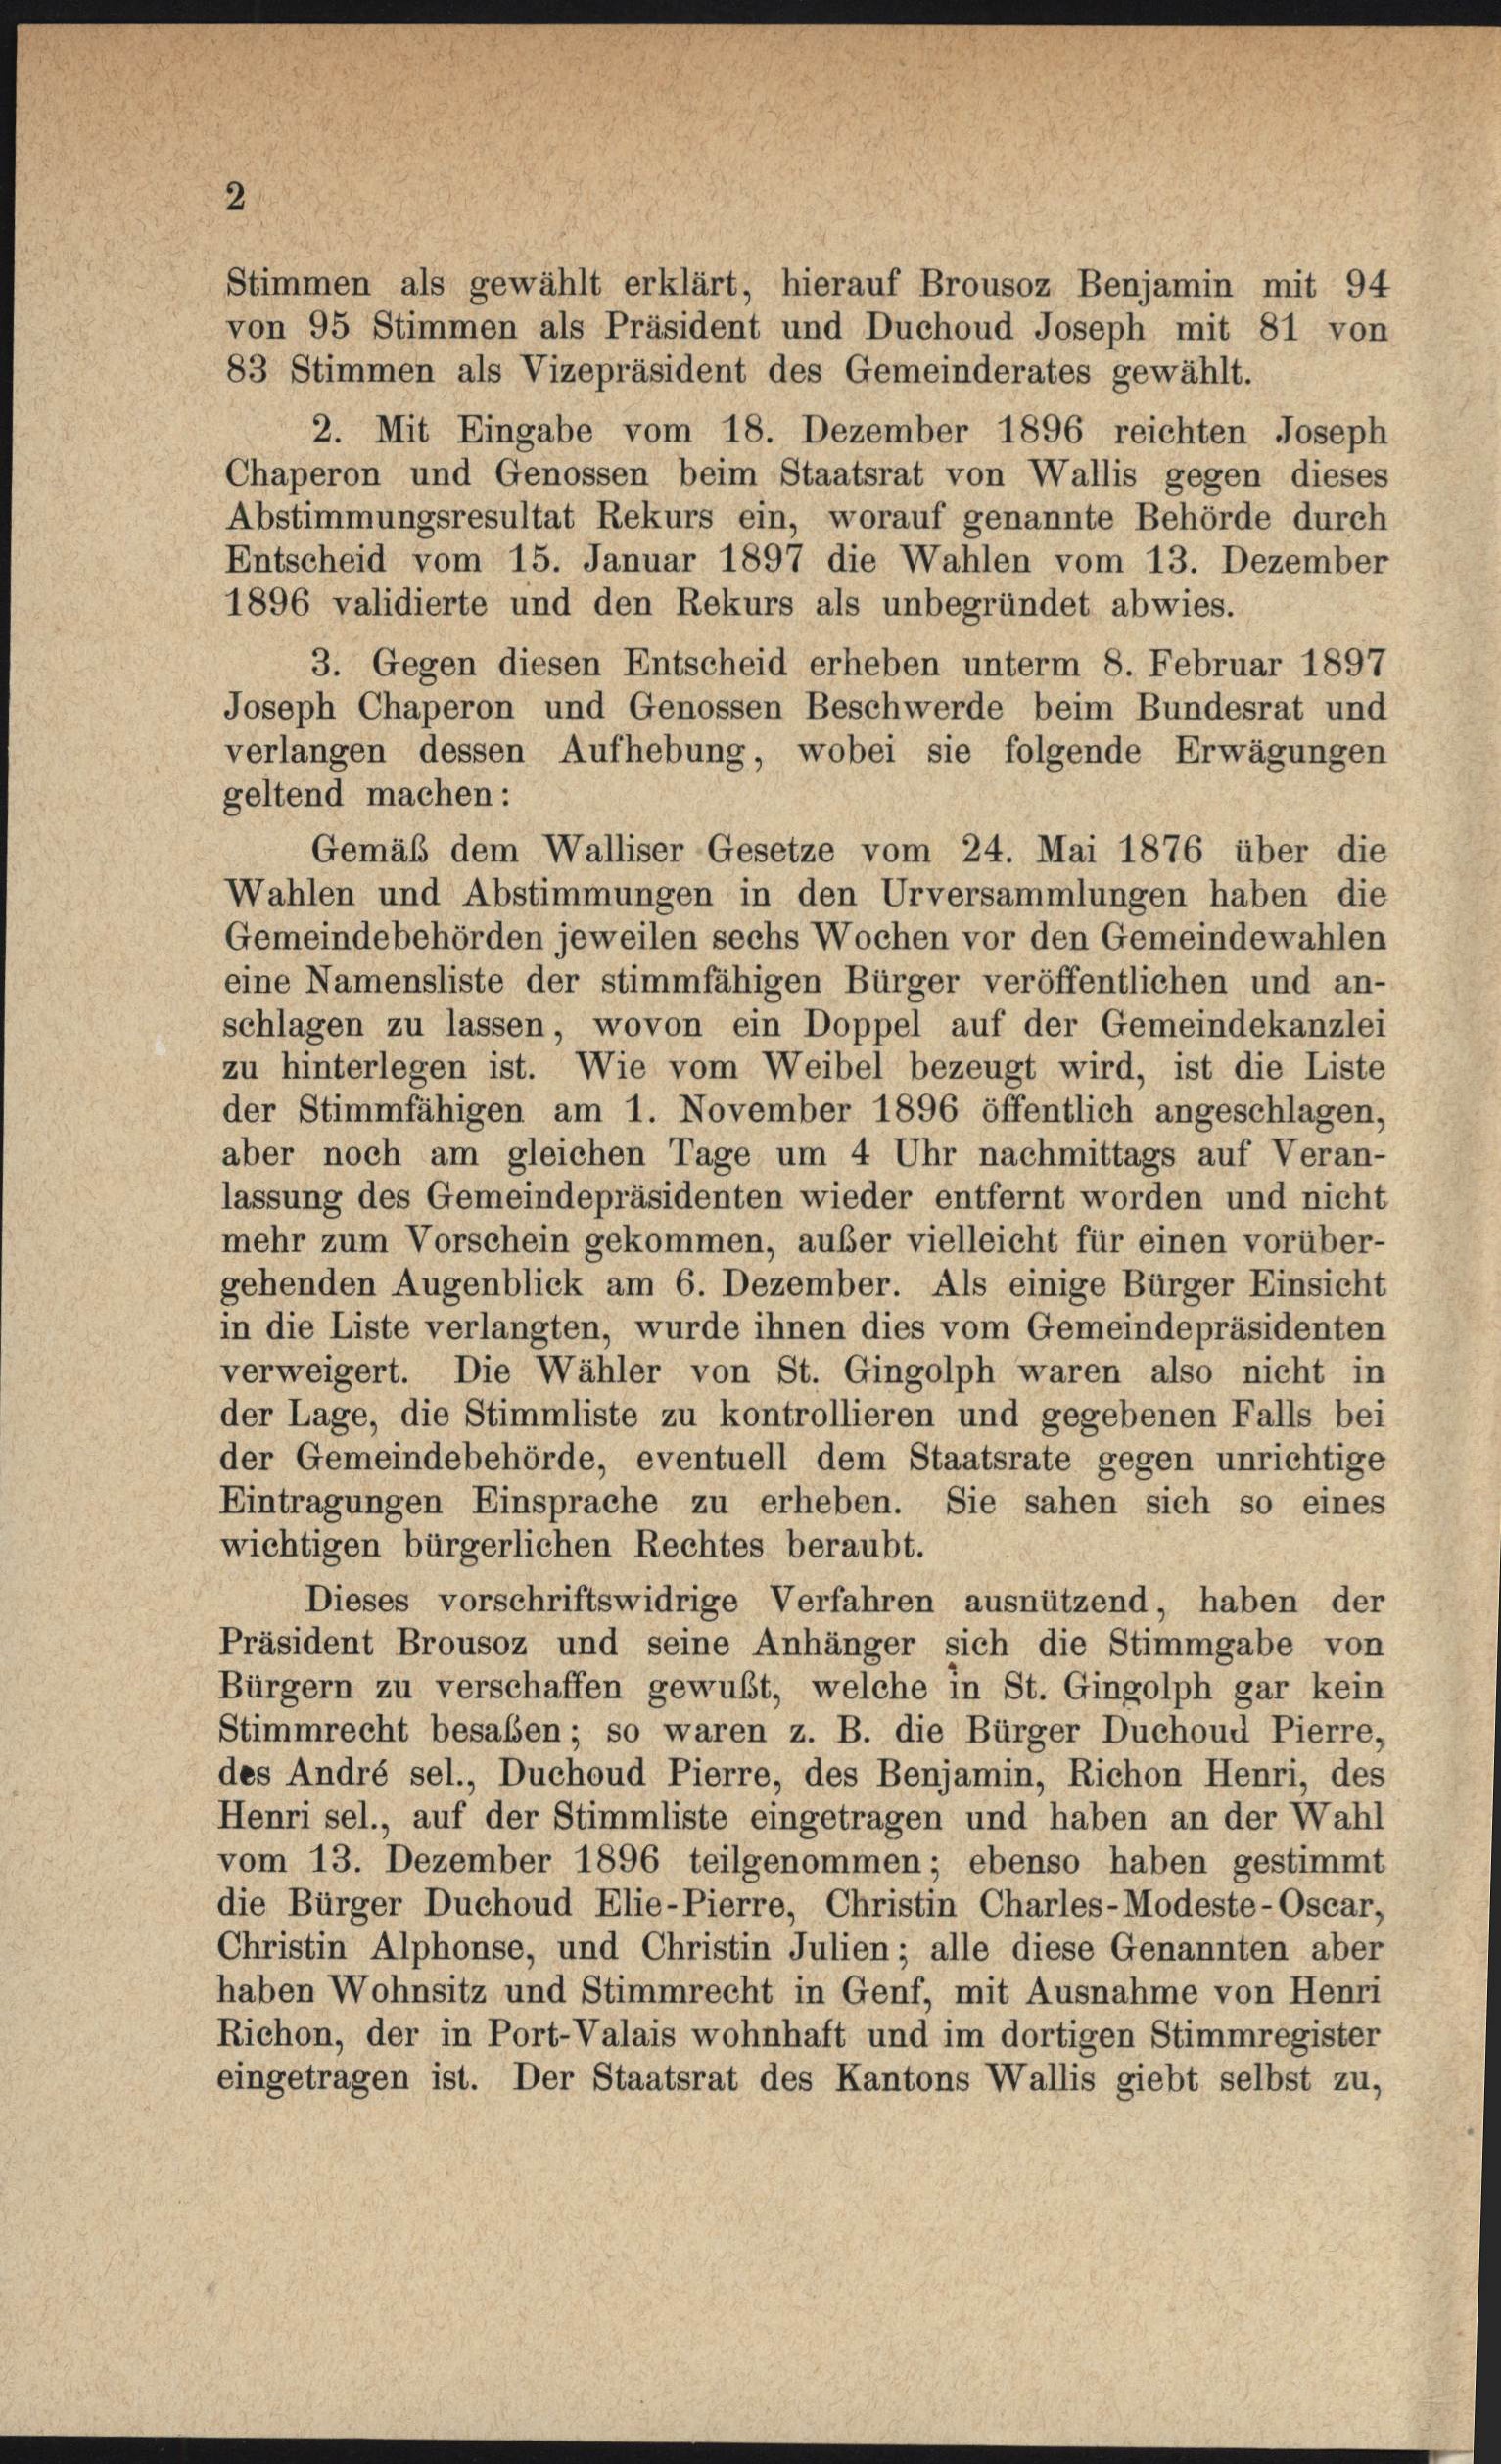
2
Stimmen als gewählt erklärt, hierauf Brousoz Benjamin mit 94
von 95 Stimmen als Präsident und Duchoud Joseph mit 81 von
83 Stimmen als Vizepräsident des Gemeinderates gewählt.
2. Mit Eingabe vom 18. Dezember 1896 reichten Joseph
Chaperon und Genossen beim Staatsrat von Wallis gegen dieses
Abstimmungsresultat Rekurs ein, worauf genannte Behörde durch
Entscheid vom 15. Januar 1897 die Wahlen vom 13. Dezember
1896 validierte und den Rekurs als unbegründet abwies.

3. Gegen diesen Entscheid erheben unterm 8. Februar 1897
Joseph Chaperon und Genossen Beschwerde beim Bundesrat und
verlangen dessen Aufhebung, wobei sie folgende Erwägungen
geltend machen:
Gemäß dem Walliser Gesetze vom 24. Mai 1876 über die
Wahlen und Abstimmungen in den Urversammlungen haben die
Gemeindebehörden jeweilen sechs Wochen vor den Gemeindewahlen
eine Namensliste der stimmfähigen Bürger veröffentlichen und an-
schlagen zu lassen, wovon ein Doppel auf der Gemeindekanzlei
zu hinterlegen ist. Wie vom Weibel bezeugt wird, ist die Liste
der Stimmfähigen am 1. November 1896 öffentlich angeschlagen,
aber noch am gleichen Tage um 4 Uhr nachmittags auf Veran-
lassung des Gemeindepräsidenten wieder entfernt worden und nicht
mehr zum Vorschein gekommen, außer vielleicht für einen vorüber-
gehenden Augenblick am 6. Dezember. Als einige Bürger Einsicht
in die Liste verlangten, wurde ihnen dies vom Gemeindepräsidenten
verweigert. Die Wähler von St. Gingolph waren also nicht in
der Lage, die Stimmliste zu kontrollieren und gegebenen Falls bei
der Gemeindebehörde, eventuell dem Staatsrate gegen unrichtige
Eintragungen Einsprache zu erheben. Sie sahen sich so eines
wichtigen bürgerlichen Rechtes beraubt.
Dieses vorschriftswidrige Verfahren ausnützend, haben der
Präsident Brousoz und seine Anhänger sich die Stimmgabe von
Bürgern zu verschaffen gewußt, welche in St. Gingolph gar kein
Stimmrecht besaben; so waren z. B. die Bürger Duchoud Pierre,
des André sel., Duchoud Pierre, des Benjamin, Richon Henri, des
Henri sel., auf der Stimmliste eingetragen und haben an der Wahl
vom 13. Dezember 1896 teilgenommen; ebenso haben gestimmt
die Bürger Duchoud Elie-Pierre, Christin Charles-Modeste-Oscar,
Christin Alphonse, und Christin Julien; alle diese Genannten aber
haben Wohnsitz und Stimmrecht in Genf, mit Ausnahme von Henri
Richon, der in Port-Valais wohnhaft und im dortigen Stimmregister
eingetragen ist. Der Staatsrat des Kantons Wallis giebt selbst zu,